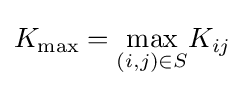
K_{\max }={\underset {(i,j)\in S}{\max }}K_{ij}